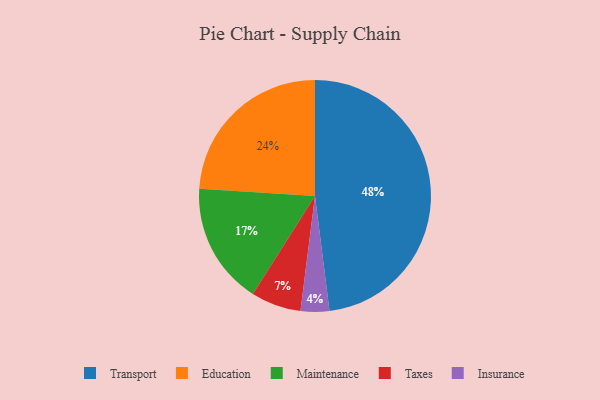
{"axis": {"x": "Category", "y": "Percentage"}, "legend": ["Education", "Insurance", "Maintenance", "Taxes", "Transport"], "data": [{"x": "Insurance", "y": 4, "type": "Insurance"}, {"x": "Taxes", "y": 7, "type": "Taxes"}, {"x": "Transport", "y": 48, "type": "Transport"}, {"x": "Maintenance", "y": 17, "type": "Maintenance"}, {"x": "Education", "y": 24, "type": "Education"}]}